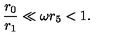
\frac { r _ { 0 } } { r _ { 1 } } \ll \omega r _ { 5 } < 1 .